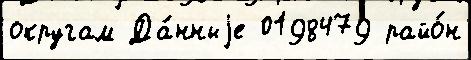
округам Да́нныjе 0198479 райо́н